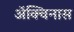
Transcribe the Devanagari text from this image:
ॲक्विनास